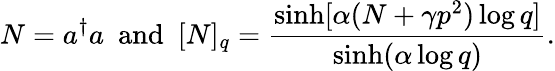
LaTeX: N=a^{\dagger}a~~\mathrm{and}~~[N]_{q}=\frac{\sinh[\alpha(N+\gamma p^{2})\log q]}{\sinh(\alpha\log q)}.